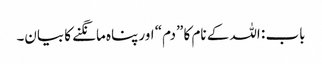
باب : اللہ کے نام کا ”دم“ اور پناہ مانگنے کا بیان۔